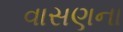
વાસણના